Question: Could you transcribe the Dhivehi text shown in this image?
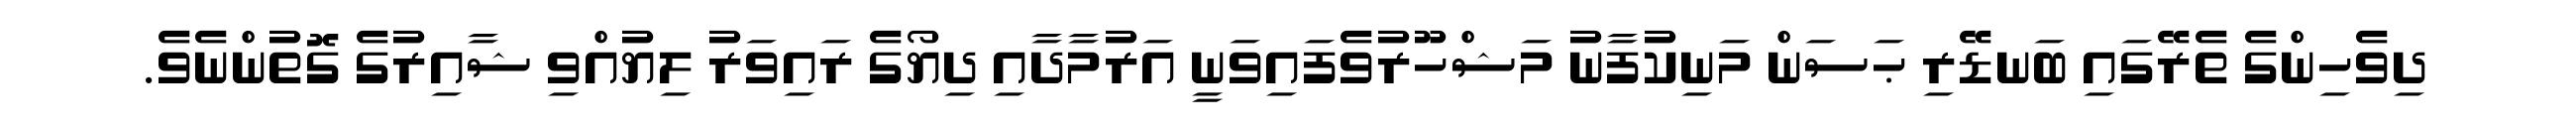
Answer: ދިވެހިންގެ ތެރޭގައި ބަނޑޭރި ޙަސަން މަނިކުފާނު މަޝްހޫރުވެފައިވަނީ އަރުމާދާއި ދިޔޯގެ ރައިވަރު ލިޔުއްވި ޝާއިރުގެ ގޮތުންނެވެ.